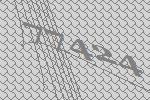
77424